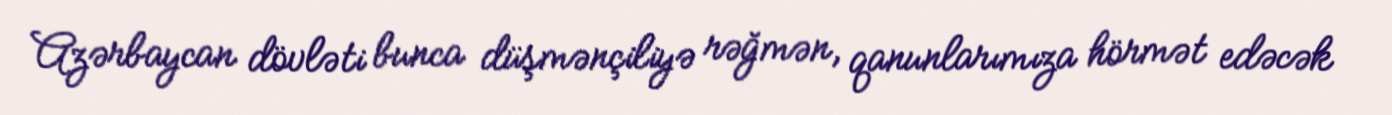
Azərbaycan dövləti bunca düşmənçiliyə rəğmən, qanunlarımıza hörmət edəcək